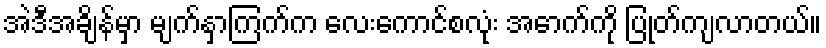
အဲဒီအချိန်မှာ မျက်နှာကြက်က လေးကောင်စလုံး အောက်ကို ပြုတ်ကျလာတယ်။